Indian journal of veterinary science and animal husbandry - Volume 5,
Year: 1935
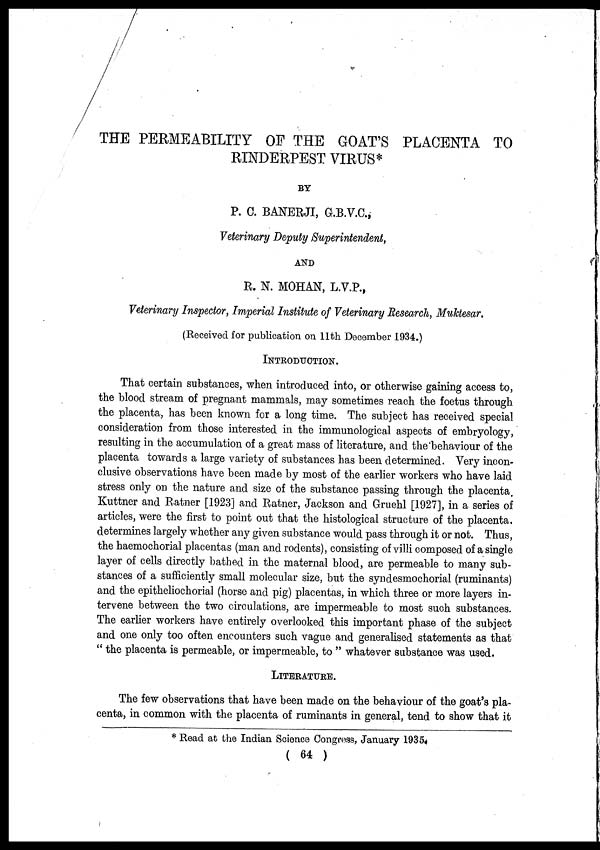
THE PERMEABILITY OF THE GOAT'S PLACENTA TO
RINDERPEST VIRUS*
BY
P. C. BANERJI, G.B.V.C.,
Veterinary Deputy Superintendent,
AND
R. N. MOHAN, L.V.P.,
Veterinary Inspector, Imperial Institute of Veterinary Research, Muktesar.
(Received for publication on 11th December 1934.)
INTRODUCTION.
That certain substances, when introduced into, or otherwise gaining access to,
the blood stream of pregnant mammals, may sometimes reach the foetus through
the placenta, has been known for a long time. The subject has received special
consideration from those interested in the immunological aspects of embryology,
resulting in the accumulation of a great mass of literature, and the behaviour of the
placenta towards a large variety of substances has been determined. Very incon-
clusive observations have been made by most of the earlier workers who have laid
stress only on the nature and size of the substance passing through the placenta.
Kuttner and Ratner [1923] and Ratner, Jackson and Gruehl [1927], in a series of
articles, were the first to point out that the histological structure of the placenta.
determines largely whether any given substance would pass through it or not. Thus,
the haemochorial placentas (man and rodents), consisting of villi composed of a single
layer of cells directly bathed in the maternal blood, are permeable to many sub-
stances of a sufficiently small molecular size, but the syndesmochorial (ruminants)
and the epitheliochorial (horse and pig) placentas, in which three or more layers in-
tervene between the two circulations, are impermeable to most such substances.
The earlier workers have entirely overlooked this important phase of the subject
and one only too often encounters such vague and generalised statements as that
" the placenta is permeable, or impermeable, to " whatever substance was used.
LITERATURE.
The few observations that have been made on the behaviour of the goat's pla-
centa, in common with the placenta of ruminants in general, tend to show that it
* Read at the Indian Science Congress, January 1935.
( 64 )